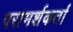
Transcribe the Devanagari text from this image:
परामर्शकर्ता